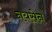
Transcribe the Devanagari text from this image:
नयसेन